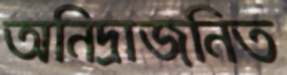
অনিদ্রাজনিত